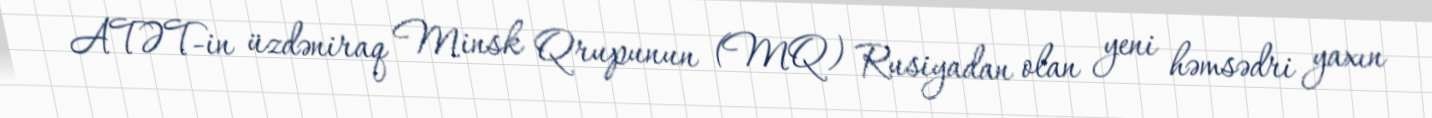
ATƏT-in üzdəniraq Minsk Qrupunun (MQ) Rusiyadan olan yeni həmsədri yaxın